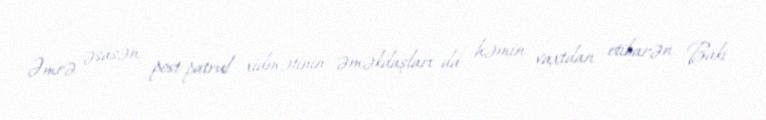
Əmrə əsasən, post-patrul xidmətinin əməkdaşları da həmin vaxtdan etibarən Bakı